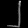
Digit: ၂